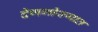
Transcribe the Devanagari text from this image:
देणगीरूपात